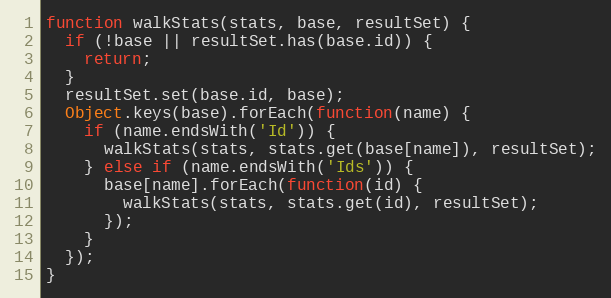
Language: JavaScript
function walkStats(stats, base, resultSet) {
  if (!base || resultSet.has(base.id)) {
    return;
  }
  resultSet.set(base.id, base);
  Object.keys(base).forEach(function(name) {
    if (name.endsWith('Id')) {
      walkStats(stats, stats.get(base[name]), resultSet);
    } else if (name.endsWith('Ids')) {
      base[name].forEach(function(id) {
        walkStats(stats, stats.get(id), resultSet);
      });
    }
  });
}